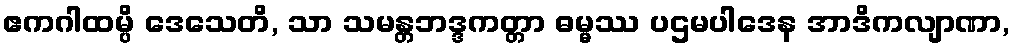
ဧကဂါထမ္ပိ ဒေသေတိ, သာ သမန္တဘဒ္ဒကတ္တာ ဓမ္မဿ ပဌမပါဒေန အာဒိကလျာဏာ,